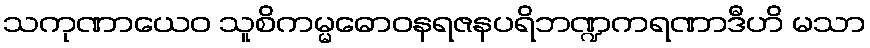
သကုဏာယေဝ သူစိကမ္မဓောဝနရဇနပရိဘဏ္ဍကရဏာဒီဟိ မသာ